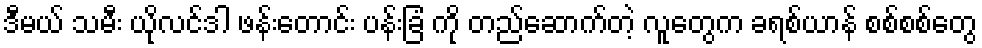
ဒီမယ် သမီး ယိုလင်ဒါ ဖန်းတောင်း ပန်းခြံ ကို တည်ဆောက်တဲ့ လူတွေက ခရစ်ယာန် စစ်စစ်တွေ